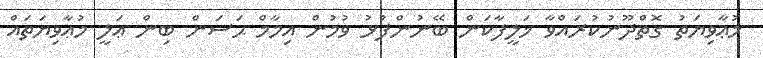
މުޢާވިޔަތު ގޮތްދޫނުކުރައްވާ ޚަލީފާކަން ބޭނުންފުޅު ވުމުން އިމާމް ޙަސަން ބިން ޢަލީ މުޢާވިޔަތައް